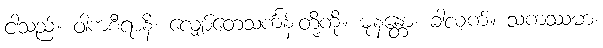
ငါသည်။ ဝါကစီရာနိ၊ လျှော်တေသင်္ကန်းတို့ကို။ ဓုနန္တော၊ ခါလျက်။ သကဿမာ၊